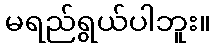
မရည်ရွယ်ပါဘူး။